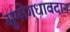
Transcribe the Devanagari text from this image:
सुमोगधावदान